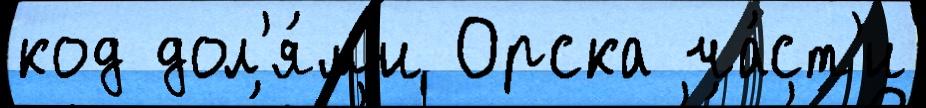
код дол'я́м'и Орска ча́ст'и